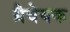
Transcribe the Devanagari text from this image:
ग्रैवेयक